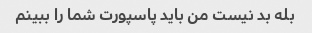
بله بد نیست من باید پاسپورت شما را ببینم